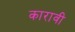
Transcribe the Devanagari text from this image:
कारावी